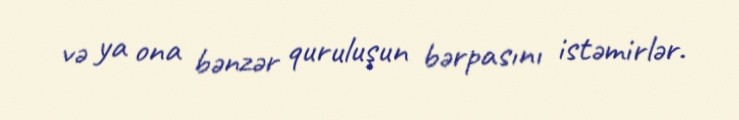
və ya ona bənzər quruluşun bərpasını istəmirlər.